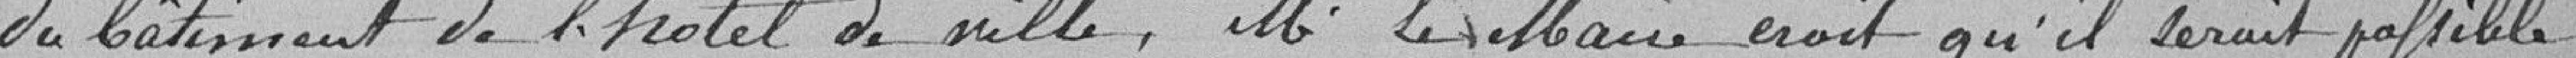
du bâtiment de l'hôtel de ville, Monsieur Le Maire, croit qu'il serait possible